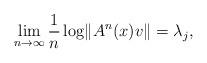
LaTeX: \begin{align*} \lim_{n\to \infty}\frac 1 n \log \lVert A^n(x)v\rVert=\lambda_j,\end{align*}